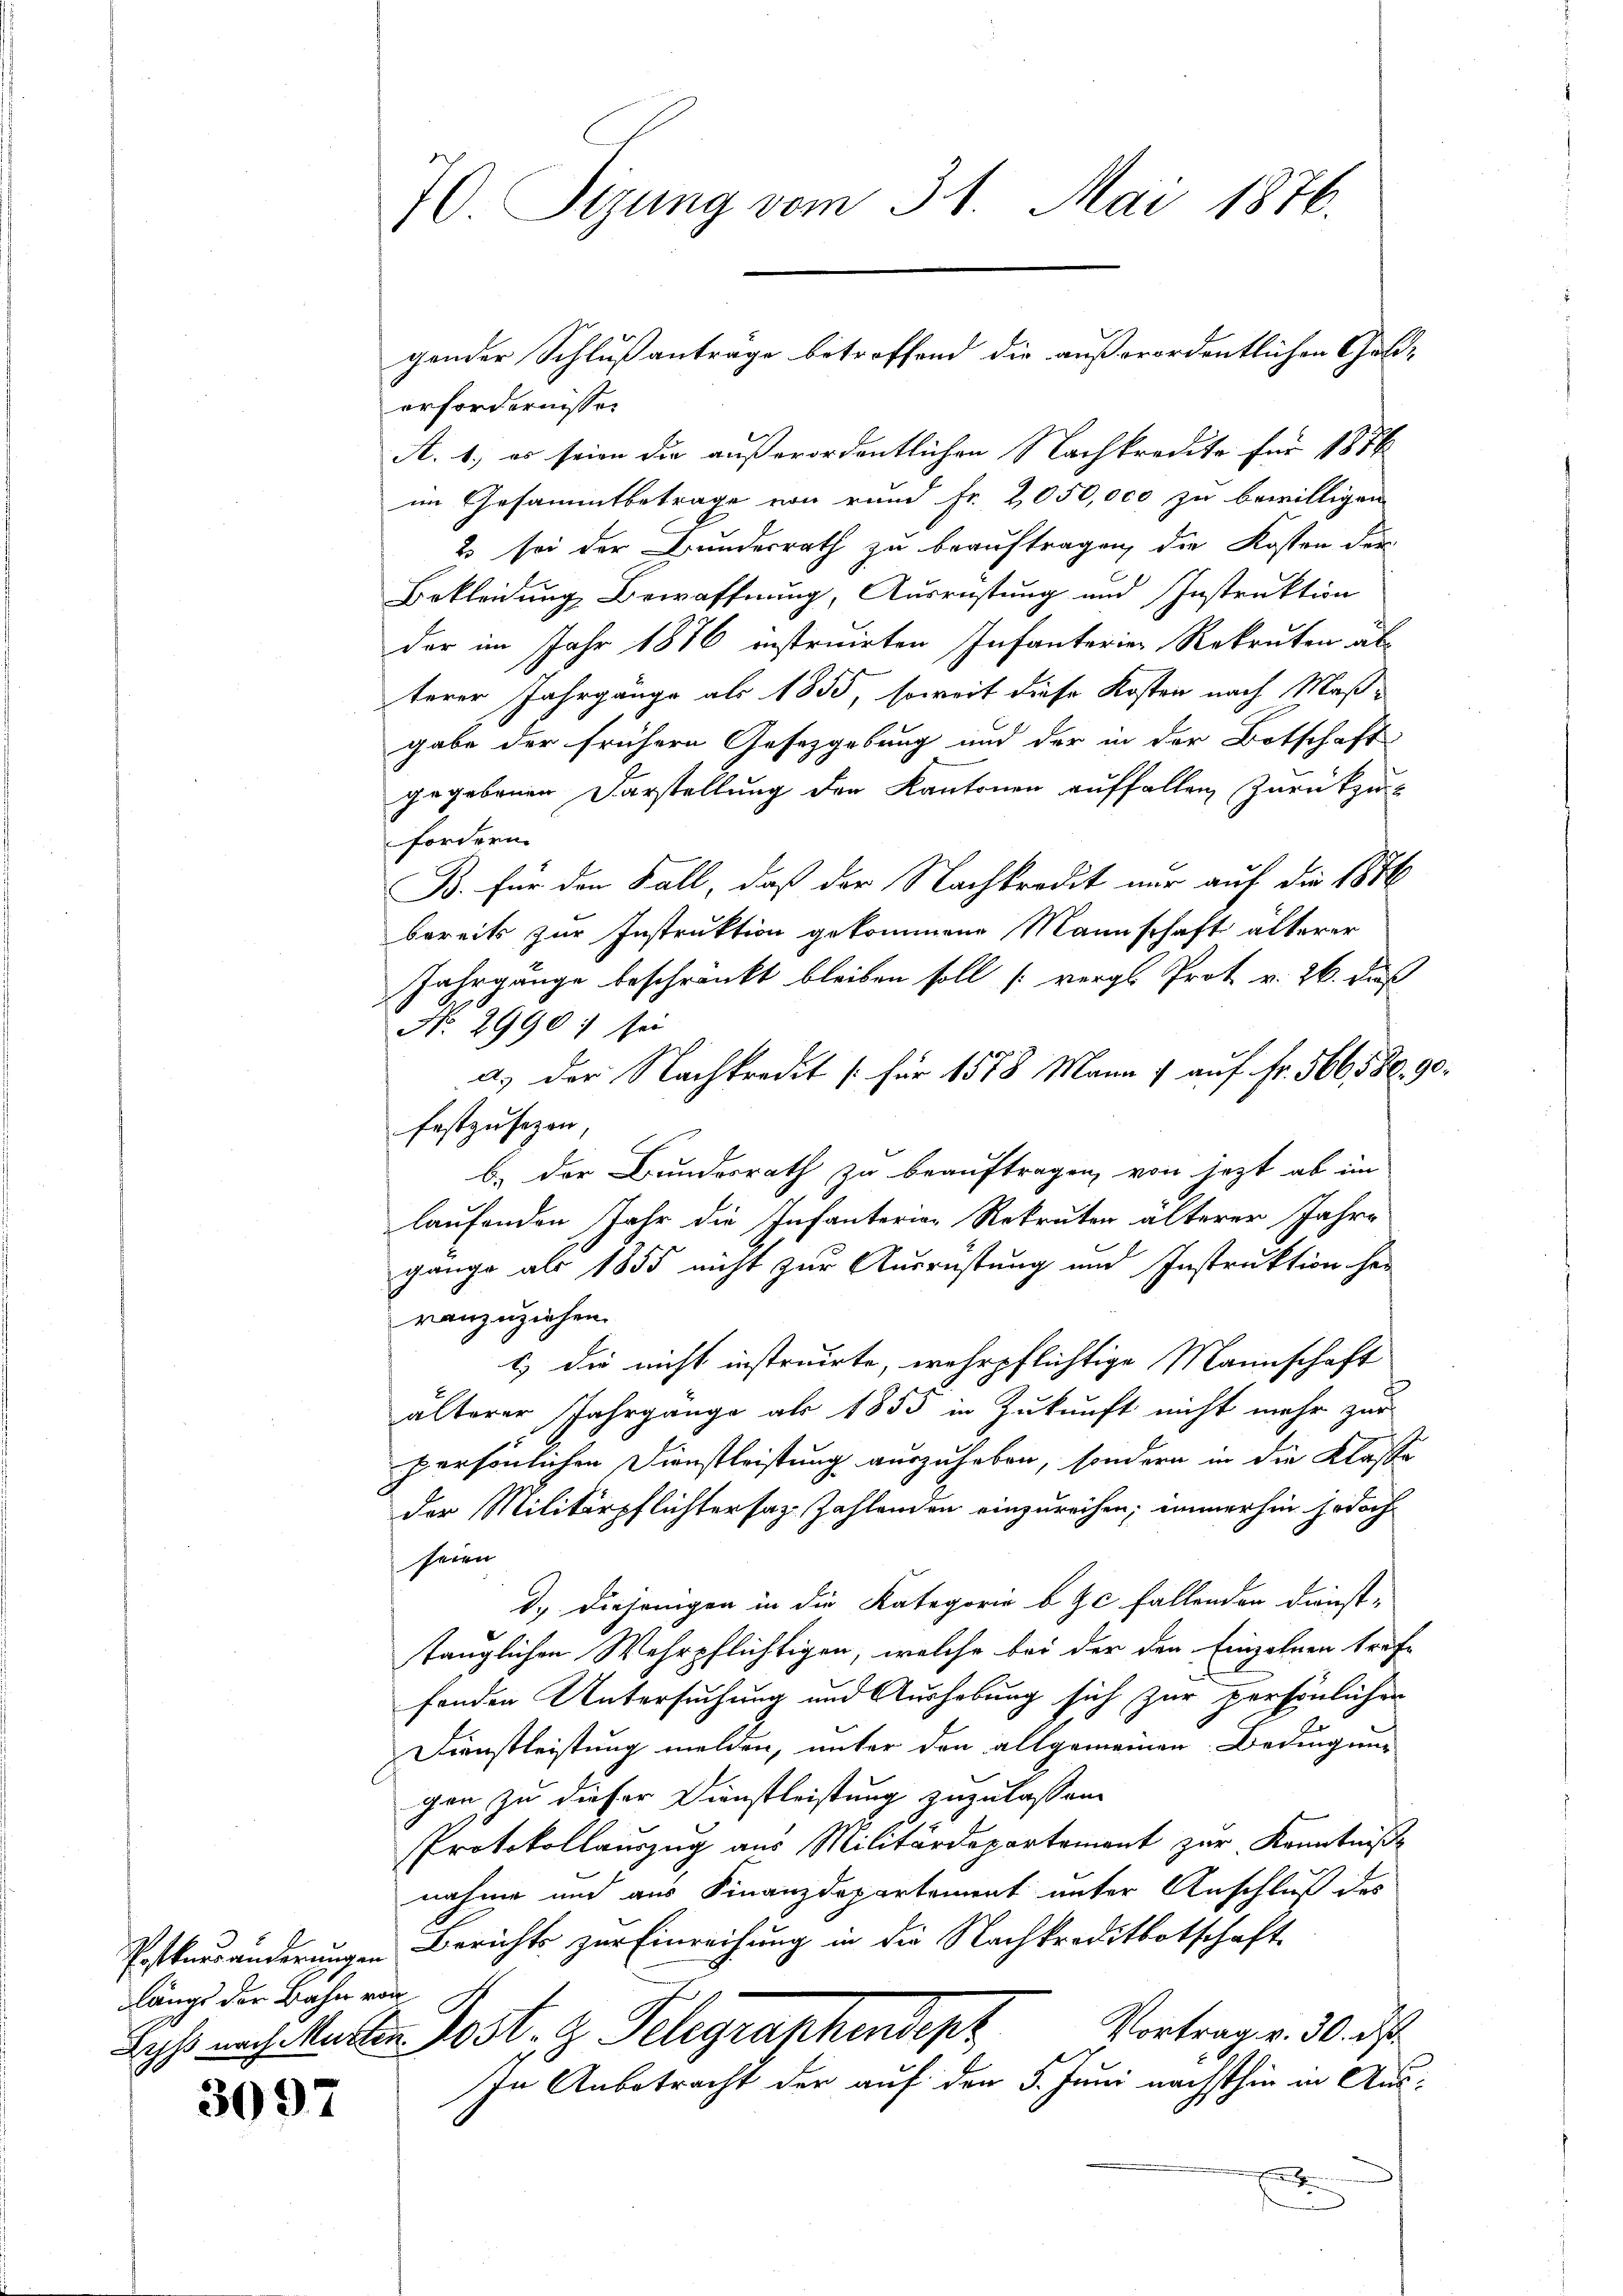
längs der Bahn von

3097

70. Sizung vom 31. Mai 1876.

erfordernissen
A. 1., es seien die außerordentlichen Nachkredite für 1876
im Gesammtbetrage von rund Fr. 2050,000 zu bewilligen
2 sei der Bundesrath zu beauftragen, die Kosten der
Bekleidung Bewaffnung, Ausrüstung und Instruktion
der im Jahr 1876 instruirten Infanterien Rekruten ab
terer Jahrgänge als 1855, soweit diese Kosten nach Maßgabe der frühern Gesetzgebung und der in der Botschaft
gegebenen Darstellung der Kantonen auffallen zurückzu-
fordern.
B. für den Fall, daß der Nachkredit nur auf die 1816
bereits zur Instruktion gekommene Mannschaft älterer
Jahrgänge beschränkt bleiben soll (vergl. Prot. v. 26. daß
No. 2990: sei
a.) Der Nachkredit [für 1578 Mann 1 auf Fr. 566580. 90.
festzusetzen,
b.) Der Bundesrath zu beauftragen, von jetzt ab im
laufenden Jahr die Infanterior Rekruten älterer Jahre
gange als 1855 nicht zur Ausrüstung und Instruktion her
ranzuziehen.
c) die nicht instruirte, wehrpflichtige Mannschaft
älterer Jahrgänge als 1855 in Zukunft nicht mehr zur
persönlichen Dienstleistung auszuheben, sondern in die Klasse
der Militärpflichtersaz-Zahlenden einzureihen; immerhin jedoch
seien
d.) Diejenigen in die Kategorie b Zc fallenden Dienst-
tänglichen Wehrpflichtigen, welche bei der den Einzelnen trefe
fenden Untersuchung und Aushebung sich zur persönlicher
Dienstleistung melden, unter den allgemeinen Bedingung
gen zu dieser Dienstleistung zuzulassen.
Protokollauszug aus Militärdepartement zur Kenntniße
nahme und aus Finanzdepartement unter Anschluß des
Postensänderungen Berichts zur Einreihung in die Nachkreditbotschaft.
Vortrag v. 30. d
Kahst nach Marten Post, z. Telegraphendept
In Anbetracht der auf den 5. Juni nächsthin in Ause

gender Schlußantrage betroffend die außerordentlichen Geld-